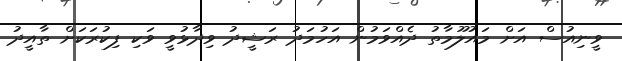
ވީނިއުސް އަށް މައުލޫމާތު ދެއްވަމުން އަހުމަދު ރަޝީދު ވިދާޅުވީ ވަކި ފިކުރަކަށް ތާއީދު